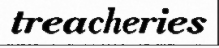
treacheries